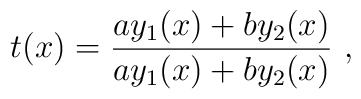
t (x ) = \frac{a y_1 ( x ) + b y_2 ( x )}{a y_1 ( x ) +b y_2 ( x )} \ ,